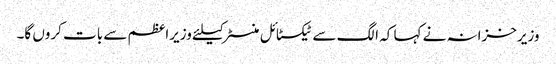
وزیرخزانہ نے کہا کہ الگ سے ٹیکسٹائل منسٹر کیلئے وزیراعظم سے بات کروں گا۔